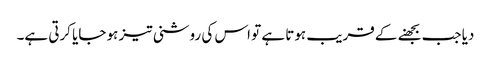
دیا جب بجھنے کے قریب ہوتا ہے تو اس کی روشنی تیز ہو جایا کرتی ہے۔